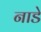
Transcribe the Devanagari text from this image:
नाडे